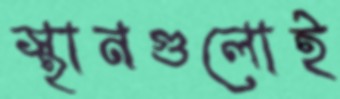
স্থানগুলোই